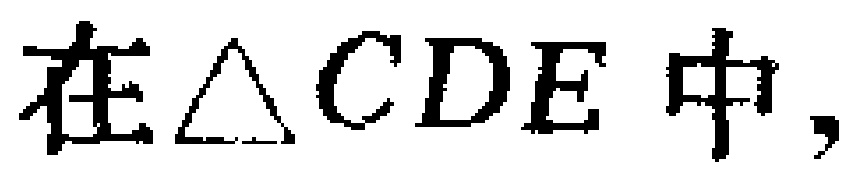
在$\triangle CDE$中，